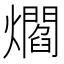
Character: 爓